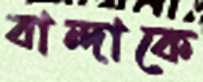
বান্দাকে